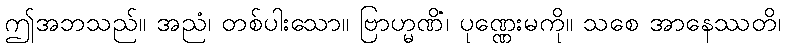
ဤအဘသည်။ အညံ၊ တစ်ပါးသော။ ဗြာဟ္မဏိံ၊ ပုဏ္ဏေးမကို။ သစေ အာနေဿတိ၊